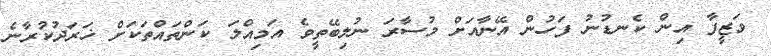
ވަޒީފާ އިން ކެނޑުނު ފަހުން އޭނާއަށް މުސާރަ ނުލިބޭތީވެ އަމިއްލަ ކަންތައްތަކަށް ޚަރަދުކުރާނެ